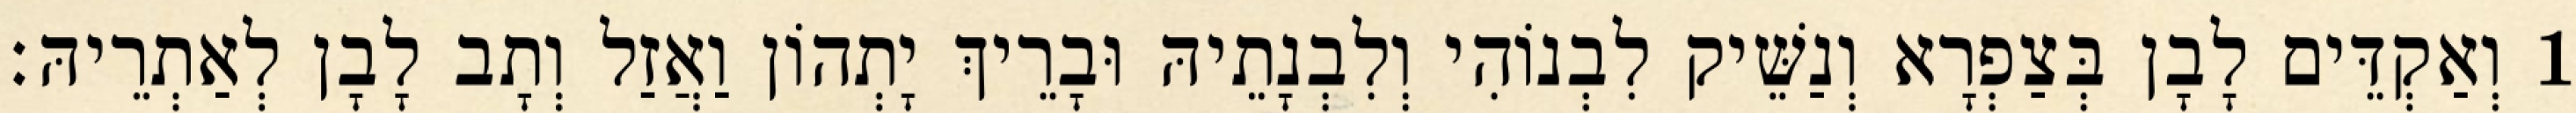
1 וְאַקְדֵּים לָבָן בְּצַפְרָא וְנַשֵּׁיק לִבְנוֹהִי וְלִבְנָתֵיהּ וּבָרֵיךְ יָתְהוֹן וַאֲזַל וְתָב לָבָן לְאַתְרֵיהּ׃